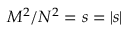
M ^ { 2 } / N ^ { 2 } = s = | \boldsymbol { s } |